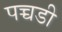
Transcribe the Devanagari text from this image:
पच्चडी